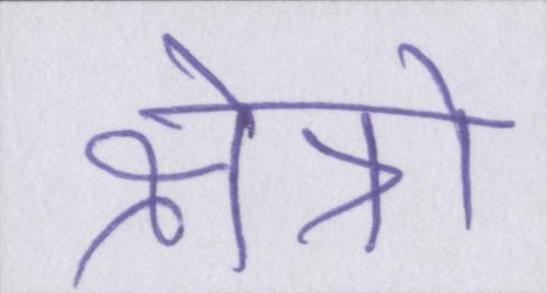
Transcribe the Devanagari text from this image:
क्षैत्रो